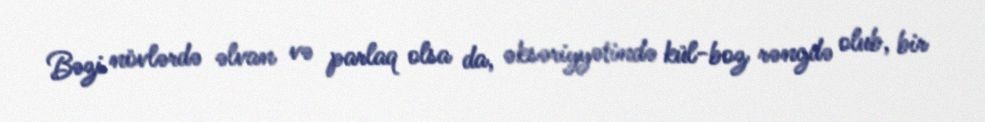
Bəzi növlərdə əlvan və parlaq olsa da, əksəriyyətində kül-boz rəngdə olub, bir